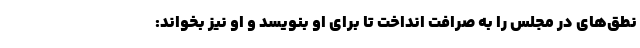
نطق‌های در مجلس را به صرافت انداخت تا برای او بنویسد و او نیز بخواند: